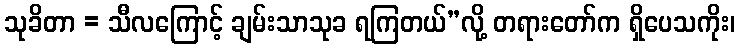
သုခိတာ = သီလကြောင့် ချမ်းသာသုခ ရကြတယ်”လို့ တရားတော်က ရှိပေသကိုး၊